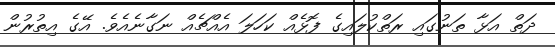
ދަތް އަޅާ ތަނުގައި ރަތްކުލައިގެ ފޮޅެއް ކަހަލަ އެއްޗެއް ނަގާނެއެވެ. އޭގެ އިތުރުން